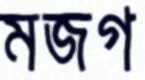
মজগ